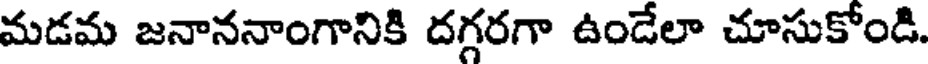
మడమ జనాననాంగానికి దగ్గరగా ఉండేలా చూసుకోండి.